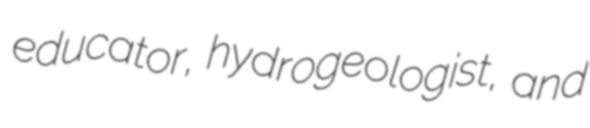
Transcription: educator, hydrogeologist, and